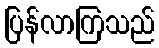
ပြန်လာကြသည်